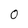
Character: 0